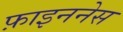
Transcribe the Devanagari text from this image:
फ़ाइननेस